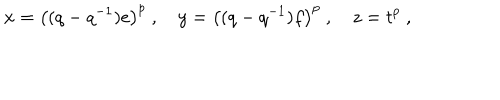
LaTeX: x = \left( ( q - q ^ { - 1 } ) e \right) ^ { p } ~ , ~ y = \left( ( q - q ^ { - 1 } ) f \right) ^ { p } ~ , ~ z = t ^ { p } ~ ,